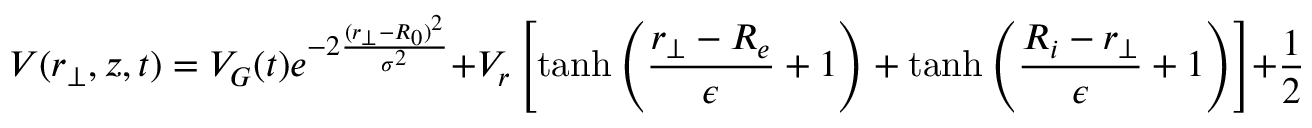
V ( r _ { \perp } , z , t ) = V _ { G } ( t ) e ^ { - 2 \frac { ( r _ { \perp } - R _ { 0 } ) ^ { 2 } } { \sigma ^ { 2 } } } + V _ { r } \left[ \operatorname { t a n h } \left( \frac { r _ { \perp } - R _ { e } } { \epsilon } + 1 \right) + \operatorname { t a n h } \left( \frac { R _ { i } - r _ { \perp } } { \epsilon } + 1 \right) \right] + \frac { 1 } { 2 } M ( \omega _ { x } ^ { 2 } x ^ { 2 } + \omega _ { y } ^ { 2 } y ^ { 2 } + \omega _ { z } ^ { 2 } z ^ { 2 } ) ,